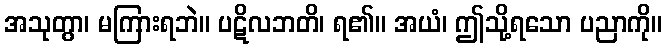
အသုတွာ၊ မကြားရဘဲ။ ပဋိလဘတိ၊ ရ၏။ အယံ၊ ဤသို့ရသော ပညာကို။